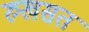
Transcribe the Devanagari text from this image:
रुखसत